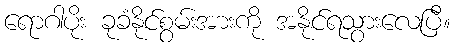
ရောဂါပိုး ခုခံနိုင်စွမ်းအားကို အနိုင်ရသွားလေပြီ။